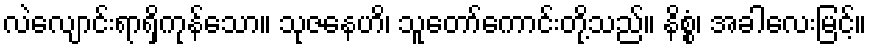
လဲလျောင်းရာရှိကုန်သော။ သုဇနေဟိ၊ သူတော်ကောင်းတို့သည်။ နိစ္စံ၊ အခါလေးမြင့်။